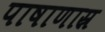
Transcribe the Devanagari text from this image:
पाषाणास्र